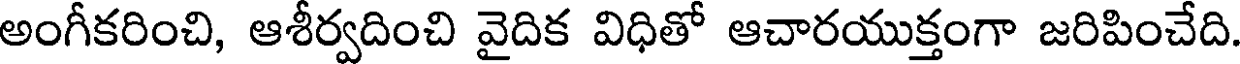
అంగీకరించి, ఆశీర్వదించి వైదిక విధితో ఆచారయుక్తంగా జరిపించేది